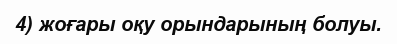
4) жоғары оқу орындарының болуы.